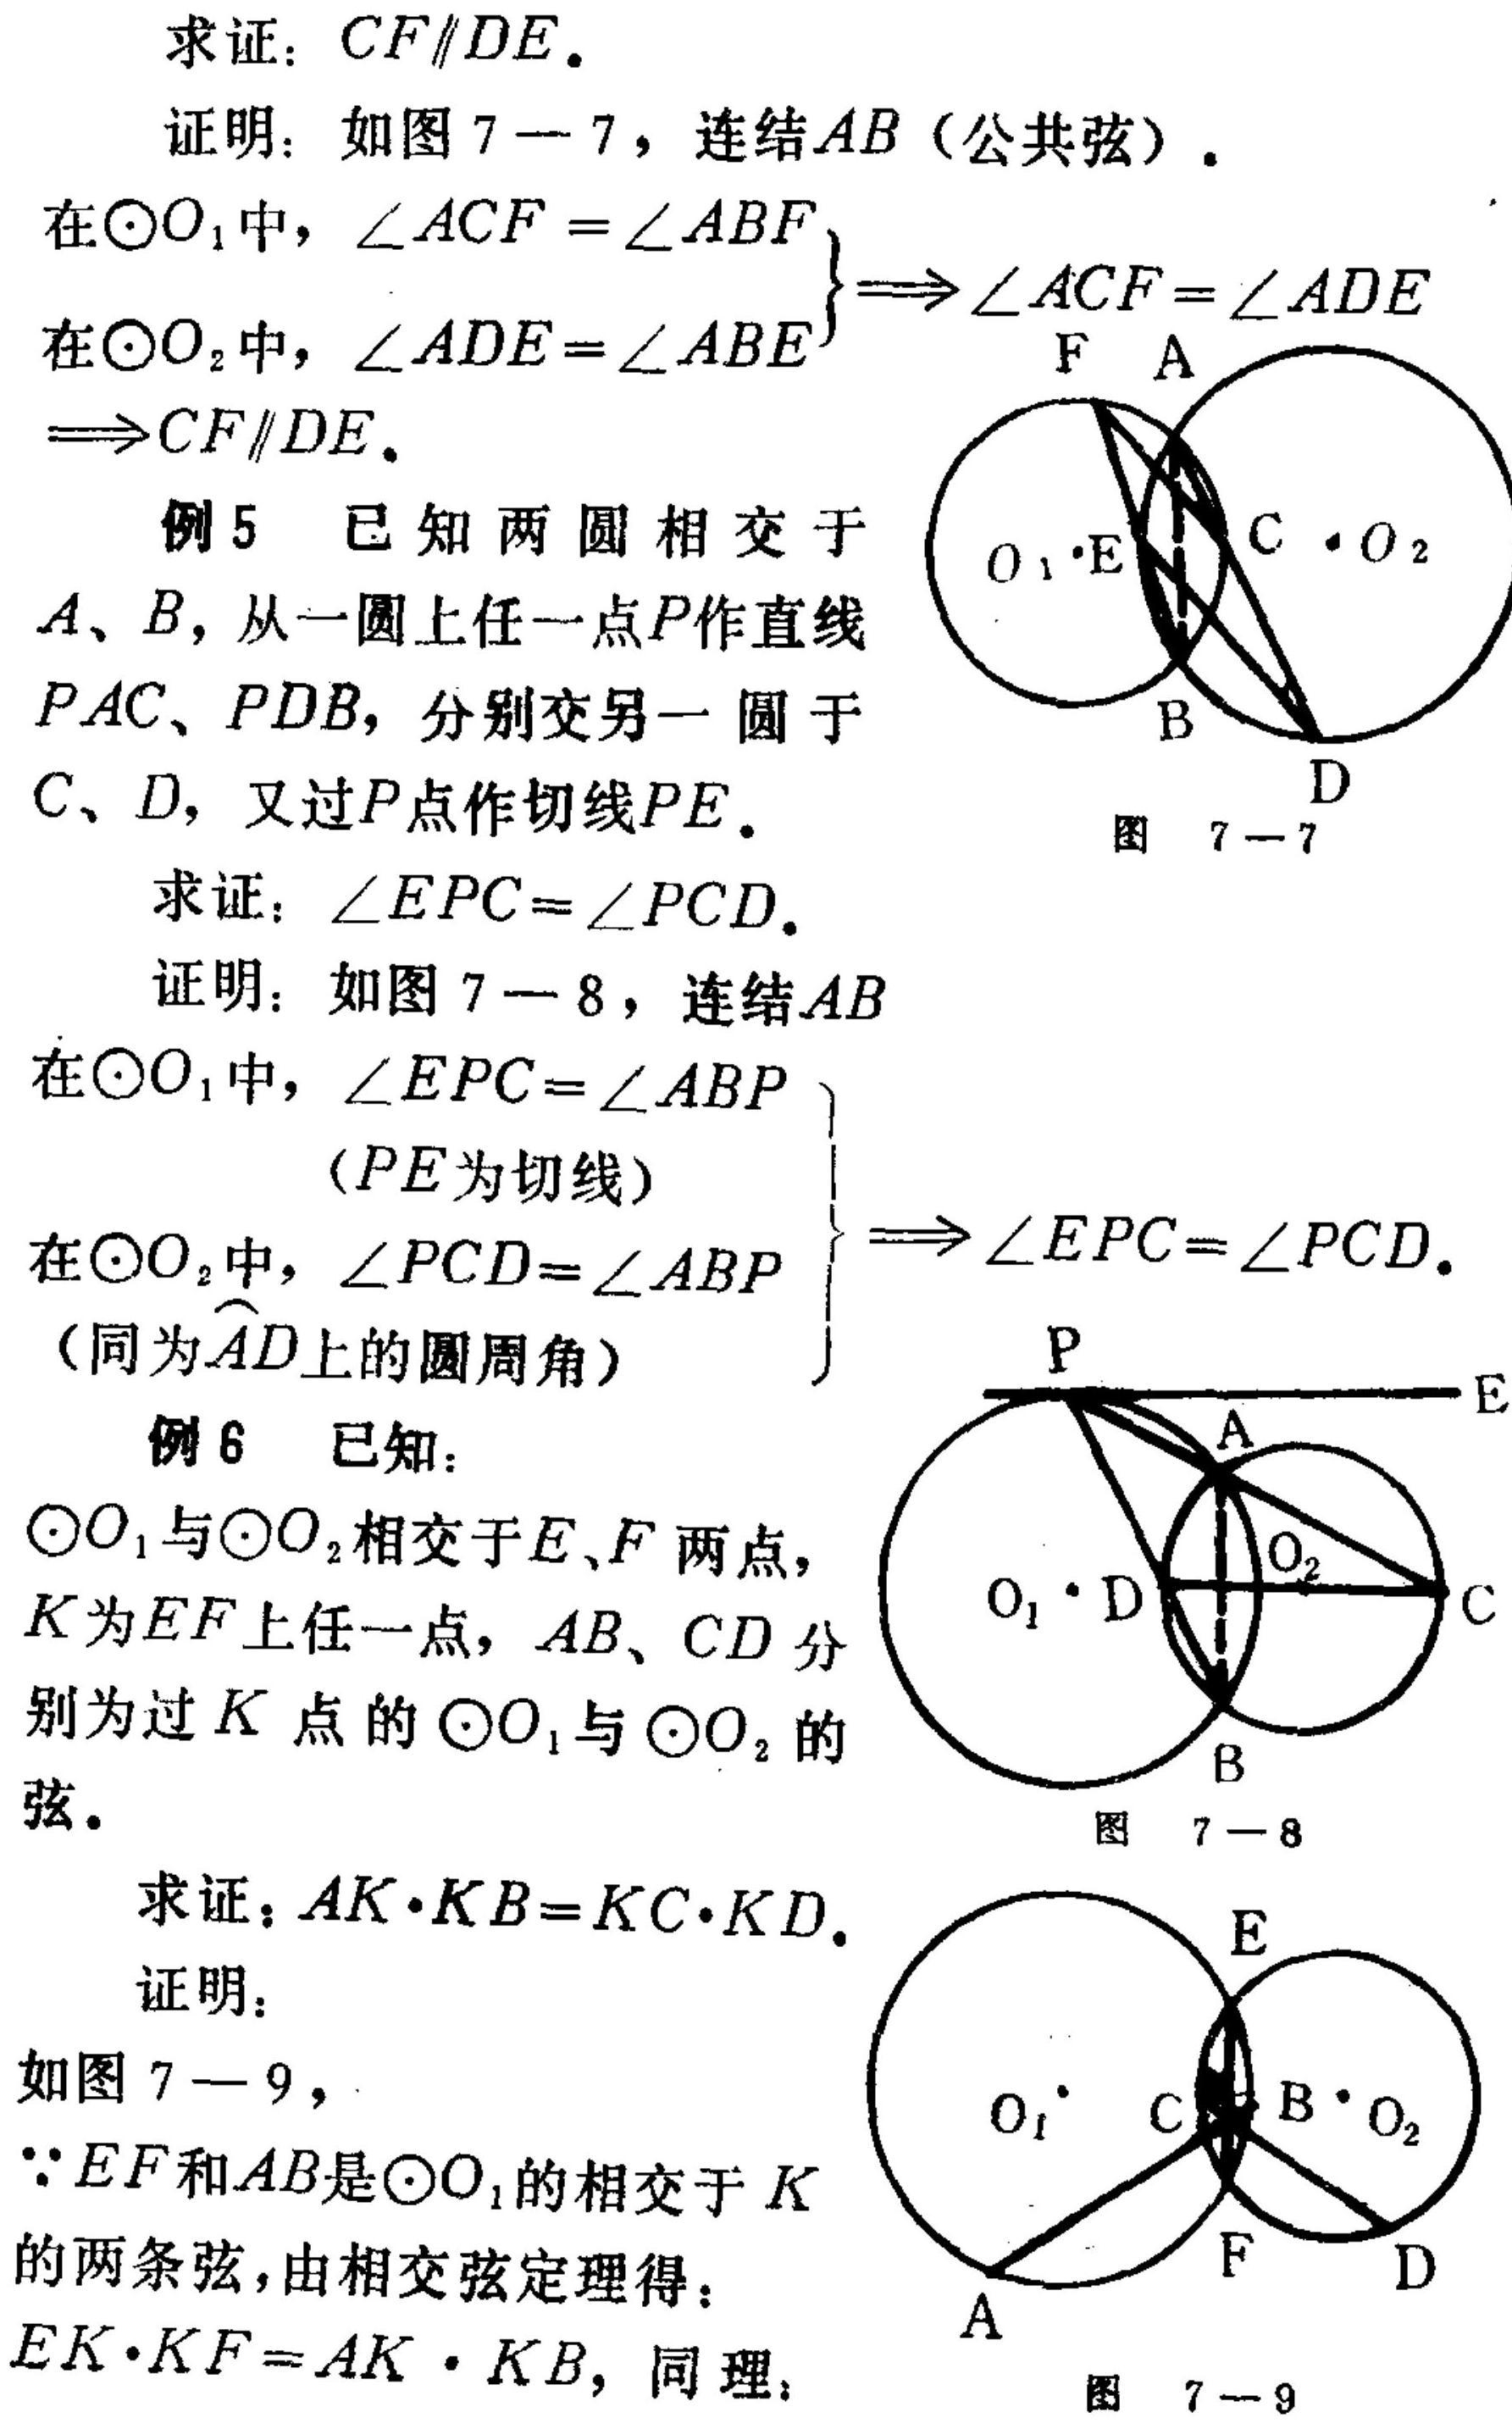
求证：\(CF\parallel DE\).
证明：如图7 - 7，连结\(AB\)（公共弦）.
\(\left.
\begin{array}{l}
在\odot O_{1}中，\angle ACF = \angle ABF\\
在\odot O_{2}中，\angle ADE=\angle ABE
\end{array}
\right\}\Rightarrow\angle ACF=\angle ADE\Rightarrow CF\parallel DE\).
例5 已知两圆相交于\(A、B\)，从一圆上任一点\(P\)作直线\(PAC、PDB\)，分别交另一圆于\(C、D\)，又过\(P\)点作切线\(PE\).
求证：\(\angle EPC=\angle PCD\).
证明：如图7 - 8，连结\(AB\)
\(\left.
\begin{array}{l}
在\odot O_{1}中，\angle EPC=\angle ABP\\
(PE为切线)\\
在\odot O_{2}中，\angle PCD=\angle ABP\\
(同为\overset{\frown}{AD}上的圆周角)
\end{array}
\right\}\Rightarrow\angle EPC=\angle PCD\).
例6 已知：\(\odot O_{1}\)与\(\odot O_{2}\)相交于\(E、F\)两点，\(K\)为\(EF\)上任一点，\(AB、CD\)分别为过\(K\)点的\(\odot O_{1}\)与\(\odot O_{2}\)的弦.
求证：\(AK\cdot KB=KC\cdot KD\).
证明：
如图7 - 9，
\(\because EF\)和\(AB\)是\(\odot O_{1}\)的相交于\(K\)的两条弦，由相交弦定理得：\(EK\cdot KF = AK\cdot KB\)，同理，